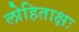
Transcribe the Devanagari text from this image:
लोहिताक्षः